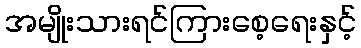
အမျိုးသားရင်ကြားစေ့ရေးနှင့်